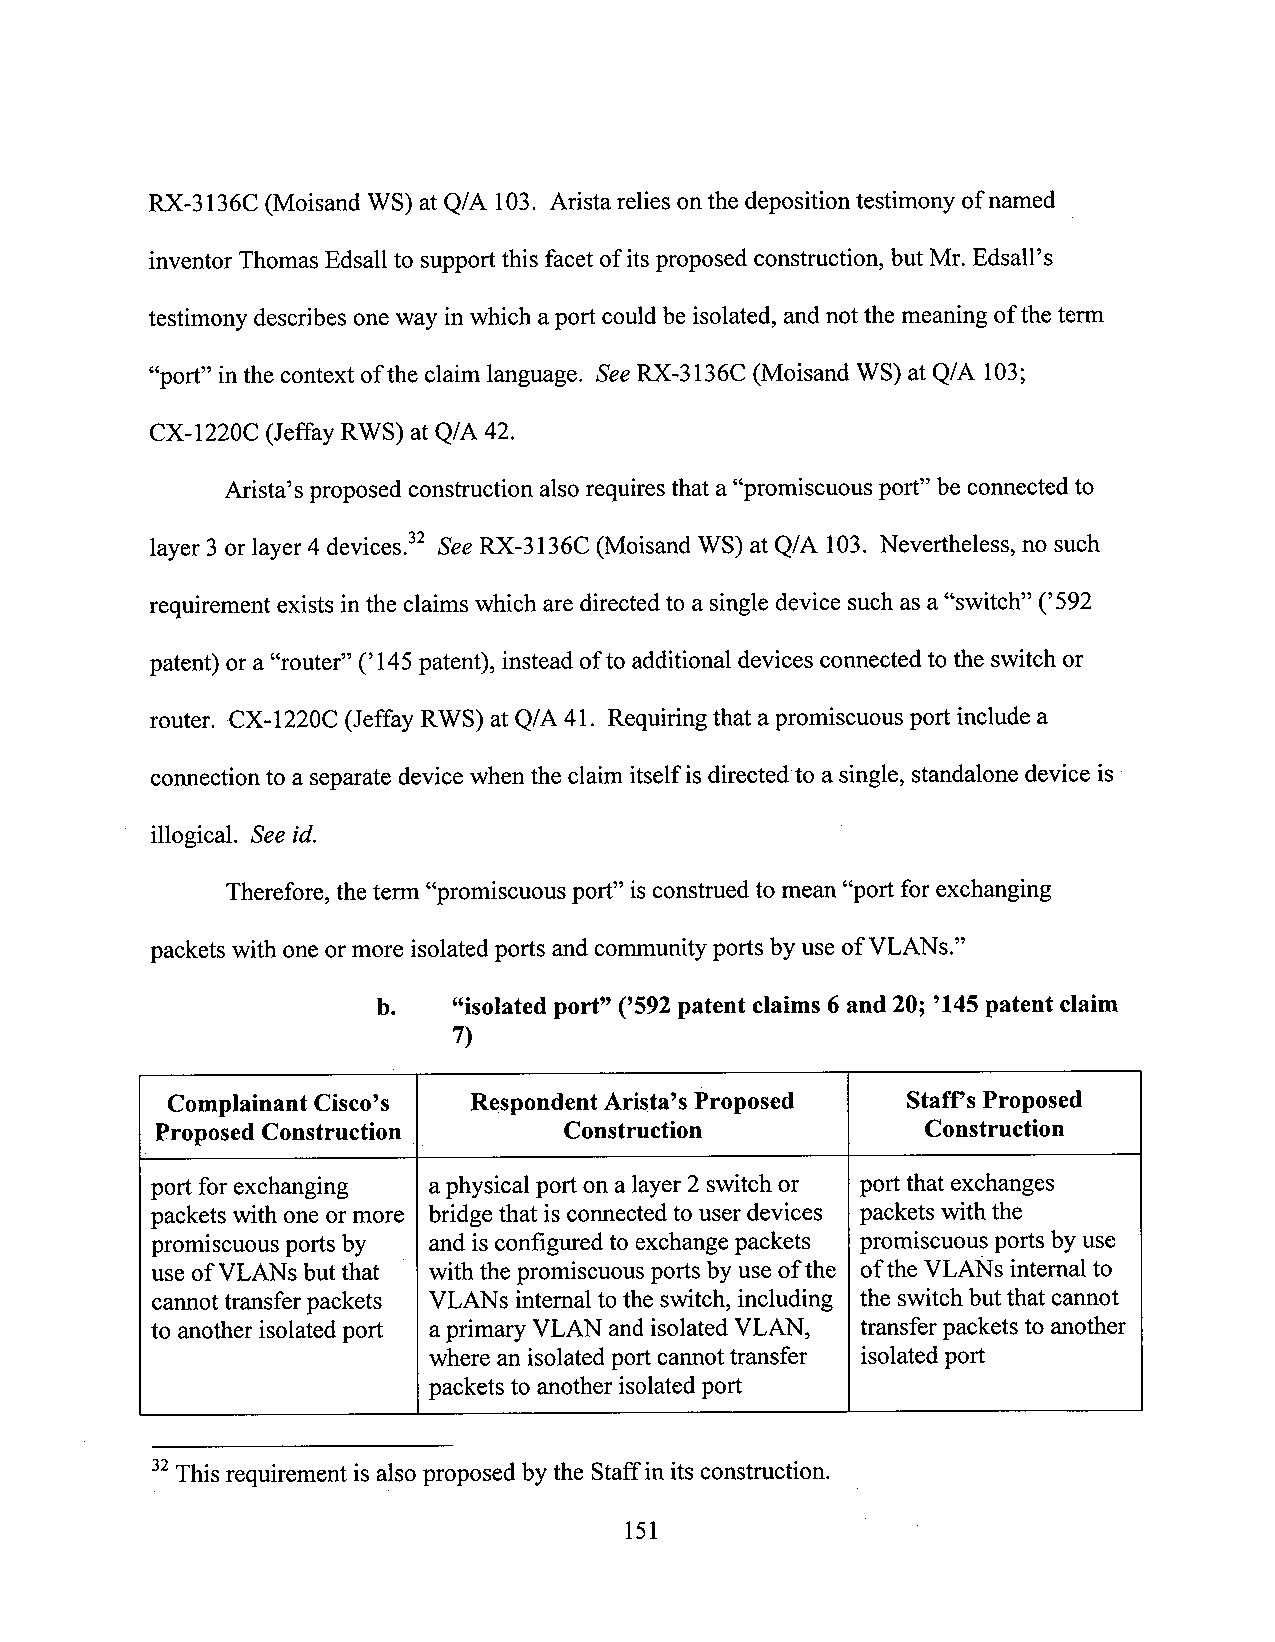
RX-3136C (Moisand WS) at Q/A 103. Arista relies onthe deposition testimony of named
 inventor Thomas Edsall to support this facet of itsproposed construction, but Mr.Edsall’s
 testimony describes one way in which aport couldbe isolated, and not the meaning ofthe term
 “port” in the context of the claim language. SeeRX-3136C (Moisand WS) at Q/A 103;
 cx-1220c (JeffayRWS)atQ/A42.
 Arista’sproposed construction also requiresthat a “promiscuous port” be connectedto
 layer 3 or layer4 devices.” SeeRX-3136C (Moisand WS) at Q/A 103. Nevertheless, no such
 requirement exists inthe claims which are directed to a single device such as a “switch” (’592
 patent) or a “router” (’145patent), instead of to additional devices connected to the switch or
 router. CX-1220C (Jeffay RWS) at Q/A 41. Requiring that apromiscuous port include a
 connection to a separate device when the claim itself isdirectedto a single, standalone device is ~
 illogical. See id.
 Therefore,the term “promiscuous port” isconstruedto mean “port for exchanging
 packets with oneor more isolated ports and community ports by use ofVLANs.”
 b.   “isolated port” (’592patent claims 6and 20; ’145patent claim
 7)
 Complainant Cisco’s Respondent Arista’s Proposed Staff’sProposed
 Proposed Construction      Construction            Construction
 port forexchanging aphysical port on a layer 2 switch or portthat exchanges
 packets with one ormore bridge that isconnected to user devices packets with the
 promiscuous ports by and is configured to exchangepackets promiscuous ports by use
 use ofVLANs butthat with the promiscuous portsby use of the ofthe VLANs internalto
 cannot transfer packets VLANs internal to the switch, including the switch but that cannot
 to another isolatedport aprimary VLAN and isolated VLAN, transferpackets to another
 where an isolated port cannot transfer isolated port
 packets to another isolated port 1
 32This requirement is als0 proposed by the Staff in its construction.
 151